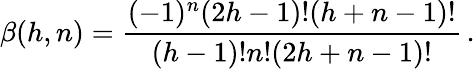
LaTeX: \beta(h,n)={\frac{(-1)^{n}(2h-1)!(h+n-1)!}{(h-1)!n!(2h+n-1)!}}\, .